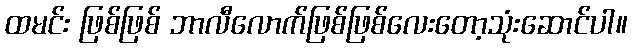
ထမင်း ဖြစ်ဖြစ် ဘာလီလောက်ဖြစ်ဖြစ်လေးတော့သုံးဆောင်ပါ။